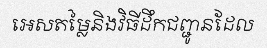
អេសតម្លៃនិងវិធីដឹកជញ្ជូនដែល